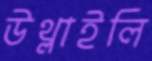
উথ্‌লাইলি